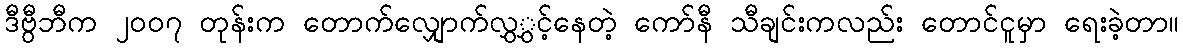
ဒီဗွီဘီက ၂၀၀၇ တုန်းက တောက်လျှောက်လွှွှင့်နေတဲ့ ကော်နီ သီချင်းကလည်း တောင်ငူမှာ ရေးခဲ့တာ။